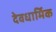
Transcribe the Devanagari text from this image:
देवधार्मिक